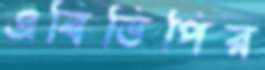
এবিভিপির